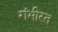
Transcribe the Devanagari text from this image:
गंभीरत